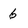
Character: 6